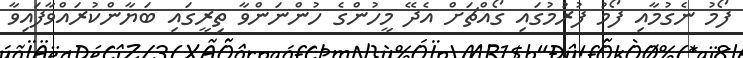
ފޯމު ނެގުމާއި ފޯމު ފުރުމުގައި ގޯއްޗަށް އެދޭ މީހުންގެ ހުންނަންވާ ތިރީގައި ބަޔާންކުރައްވާފައިވާ